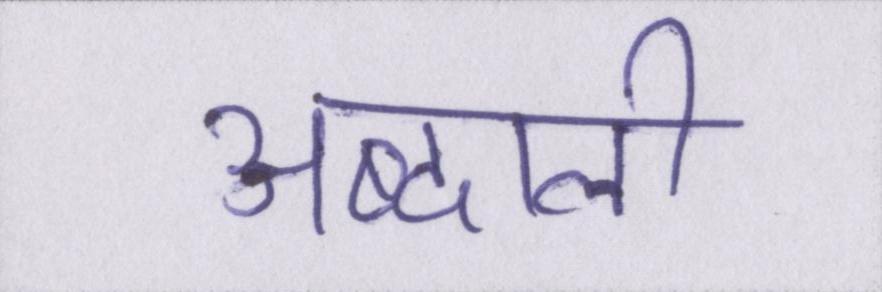
अब्दाली